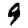
Digit: 9